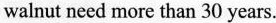
walnut necd more than 30 years.